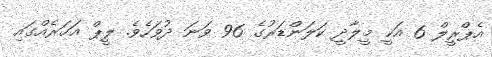
އެޕްރީލް 6 އަކީ މީލާދީ ކަލަންޑަރުގެ 96 ވަނަ ދުވަހެވެ. ލީޕް އަހަރެއްގައި